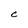
Character: C